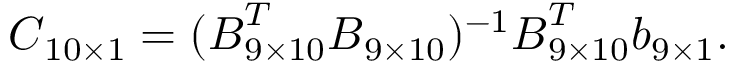
\boldsymbol { C } _ { 1 0 \times 1 } = ( \boldsymbol { B } _ { 9 \times 1 0 } ^ { T } \boldsymbol { B } _ { 9 \times 1 0 } ) ^ { - 1 } \boldsymbol { B } _ { 9 \times 1 0 } ^ { T } \boldsymbol { b } _ { 9 \times 1 } .